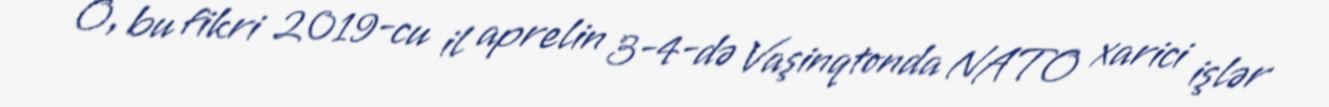
O, bu fikri 2019-cu il aprelin 3-4-də Vaşinqtonda NATO xarici işlər